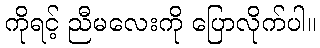
ကိုရင့် ညီမလေးကို ပြောလိုက်ပါ။